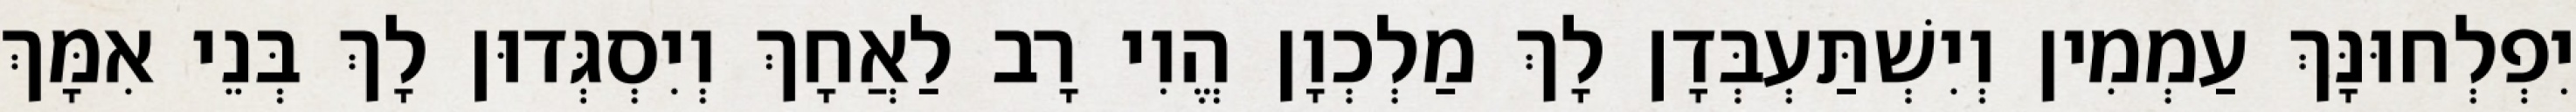
יִפְלְחוּנָּךְ עַמְמִין וְיִשְׁתַּעְבְּדָן לָךְ מַלְכְוָן הֱוִי רָב לַאֲחָךְ וְיִסְגְּדוּן לָךְ בְּנֵי אִמָּךְ